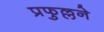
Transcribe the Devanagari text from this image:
प्रफुल्लने